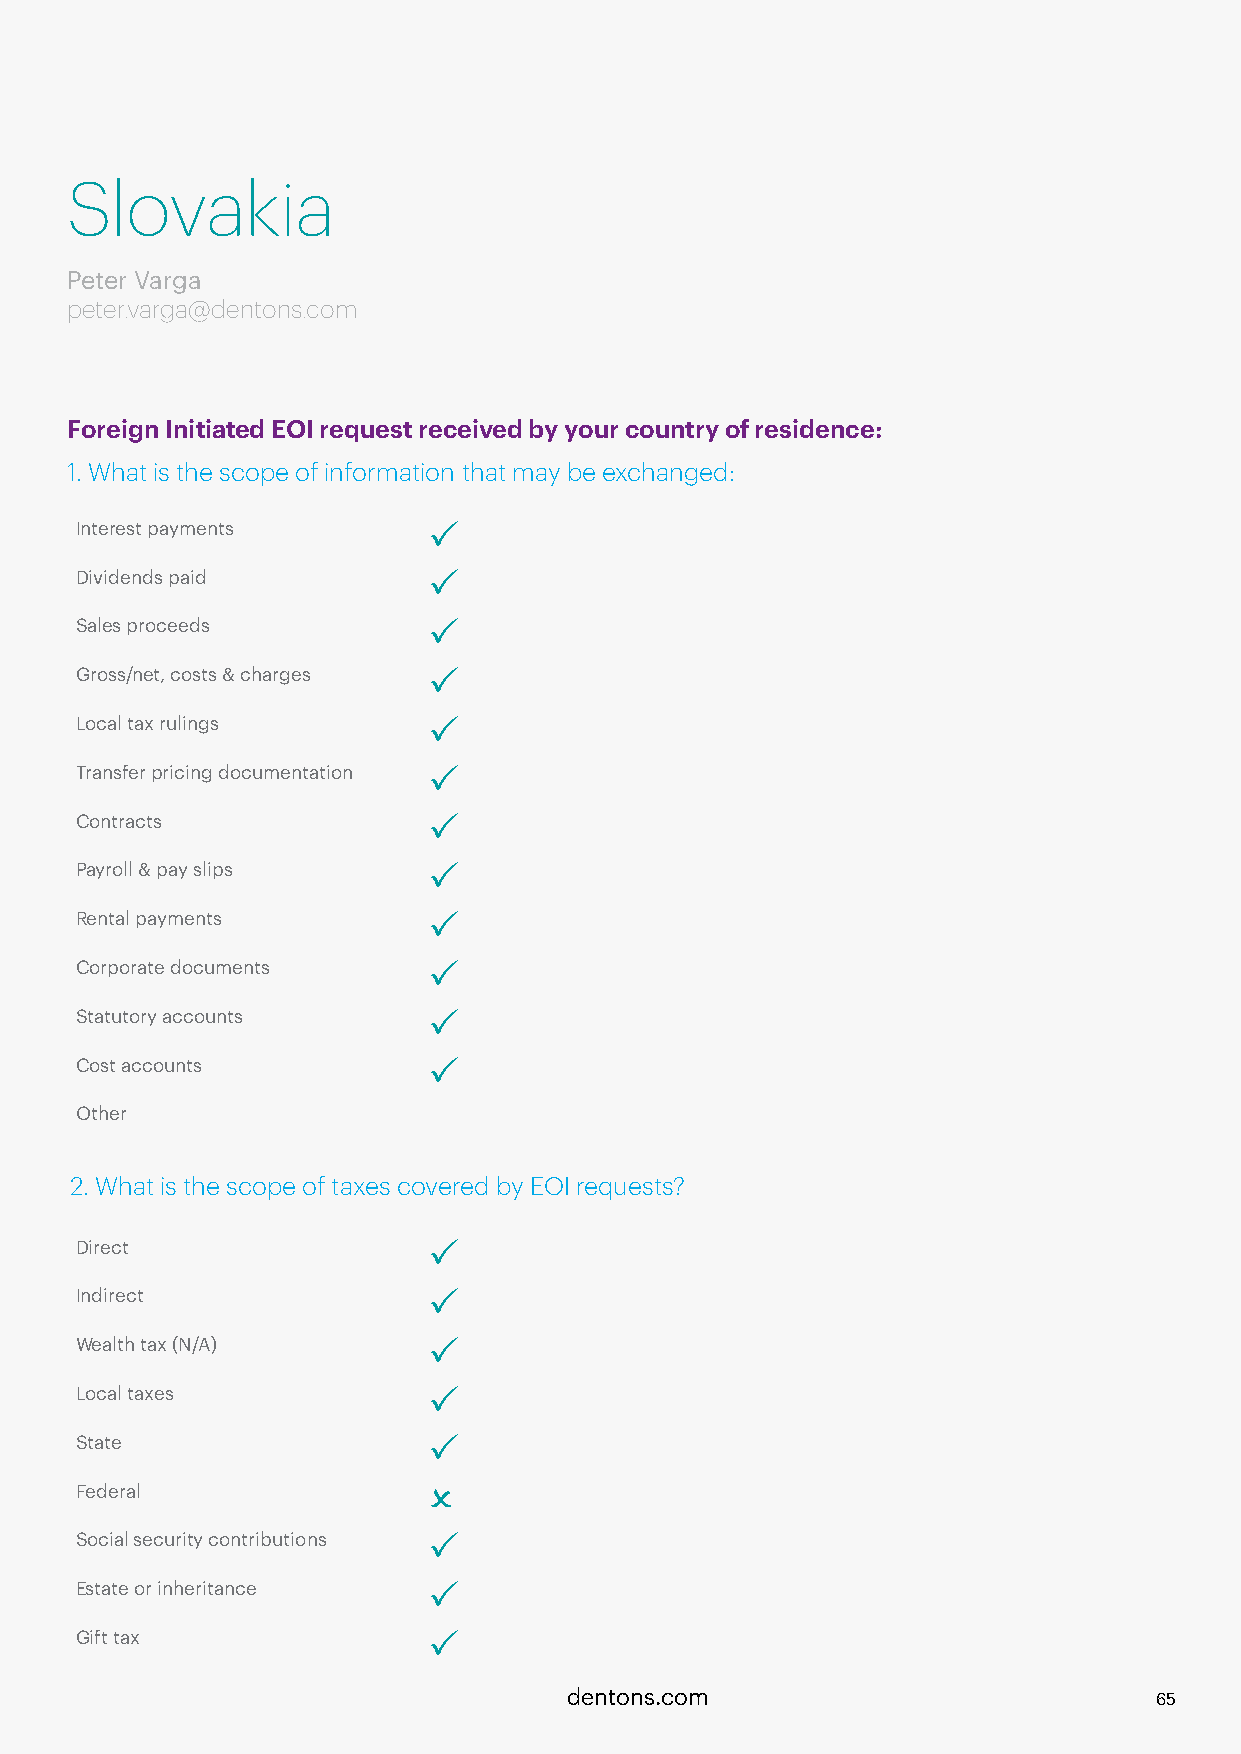
Slovakia
 Peter Varga
 peter.varga@dentons.com
 Foreign Initiated EOI request received by your country of residence:
 1. What is the scope of information that may be exchanged:
 Interest payments      P
 Dividends paid         P
 Sales proceeds         P
 Gross/net, costs & charges P
 Local tax rulings      P
 Transfer pricing documentation P
 Contracts              P
 Payroll & pay slips    P
 Rental payments        P
 Corporate documents    P
 Statutory accounts     P
 Cost accounts          P
 Other
 2. What is the scope of taxes covered by EOI requests?
 Direct                 P
 Indirect               P
 Wealth tax (N/A)       P
 Local taxes            P
 State                  P
 Federal                O
 Social security contributions P
 Estate or inheritance  P
 Gift tax               P
 dentons.com                           65